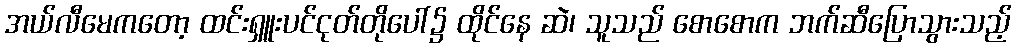
အယ်လီမေကတော့ ထင်းရှူးပင်ငုတ်တိုပေါ်၌ ထိုင်နေ ဆဲ၊ သူသည် စောစောက ဘက်ဆီပြောသွားသည့်